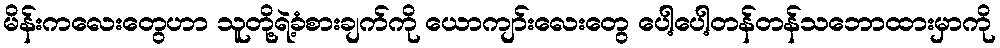
မိန်းကလေးတွေဟာ သူတို့ရဲ့ခံစားချက်ကို ယောကျာ်းလေးတွေ ပေါ့ပေါ့တန်တန်သဘောထားမှာကို